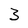
Character: 3